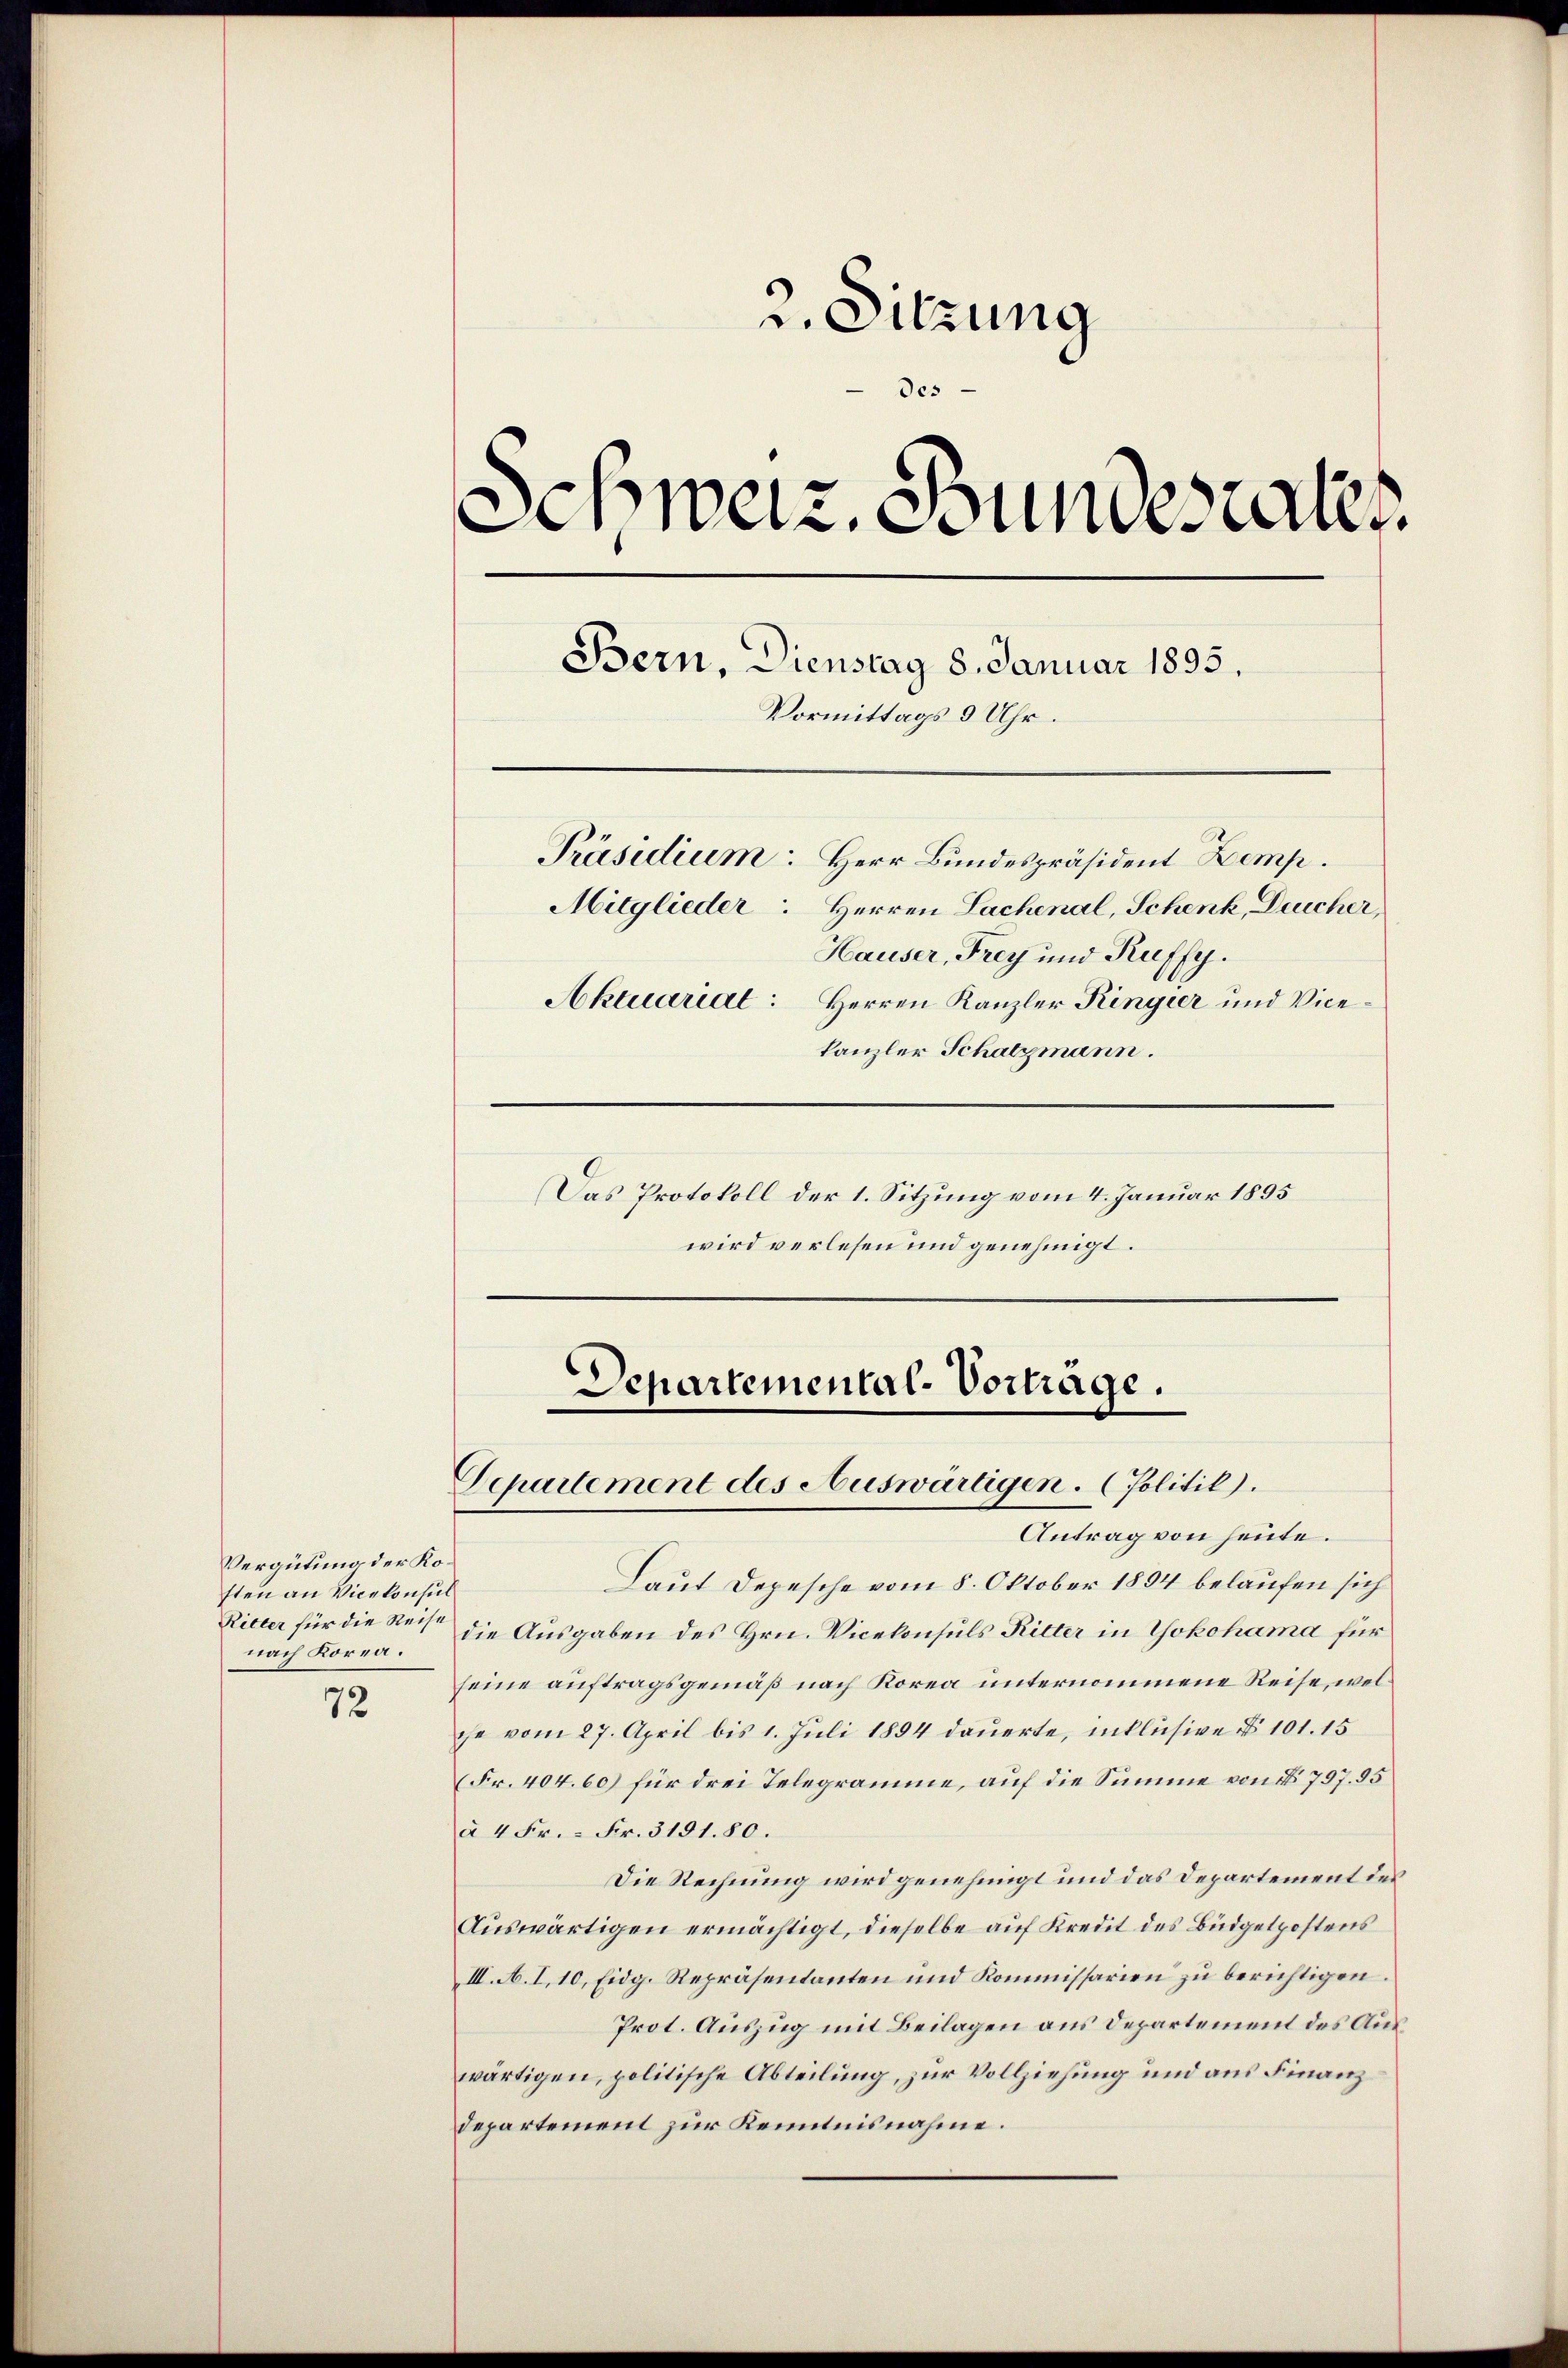
Vergütung der Kosten an Vicekonsul
Ritter für die Reise
nach Korea.

72

v. Sitzung
des
Schweiz. Bundesraten
Bern, Dienstag 8. Januar 1895.
Vormittags 9 Uhr.
Präsidium: Herr Bundespräsident Zemp.
Mitglieder: Herren Sachenal, Schenk, Deucher,
Hauser, Frey und Kuffy.
Aktuariat: Herren Kanzler Ringier und Vicekanzler Schatzmann.

Das Protokoll der 1. Sitzung vom 4. Januar 1895
wird verlesen und genehmigt.

Departemental-Vorträge.
Separtement des Auswärtigen. (Politik).
Antrag von heute.

Laut Depesche vom 8. Oktober 1894 belaufen sich
die Ausgaben des Hrn. Vicekonsuls Ritter in Yokohama für
seine auftragsgemäß nach Korea unternommene Reise, welche vom 27. April bis 1. Juli 1894 dauerte, inklusive No 101. 15
(Fr. 404. 60) für drei Telegramme, auf die Summe von § 797. 95
à 4 Fr. - Fr. 3181. 80.
Die Rechnung wird genehmigt und das Departement des
Auswärtigen ermächtigt, dieselbe auf Kredit des Büdgetpostens
III. A. I, 10, Eidg. Repräsentanten und Kommissarien zu berichtigen.
Prot. Auszug mit Beilagen aus Departement des Auswärtigen, politische Abteilung, zur Vollziehung und aus Finanz
departement zur Kenntnisnahme.